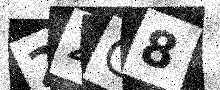
Text: 22C8